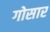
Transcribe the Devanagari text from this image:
गोसार